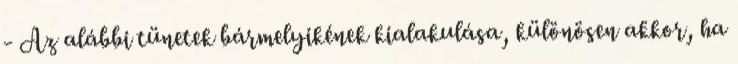
- Az alábbi tünetek bármelyikének kialakulása, különösen akkor, ha